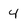
Character: 4